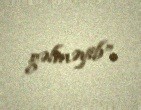
gəlməyib”.